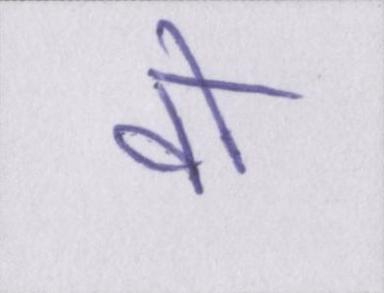
वो